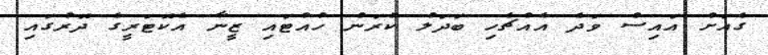
ގެއަށް އައިސް ވަދެ އެއްޗެހި ބަދަލު ކުރަން ހުއްޓައި ޒީނާ އެކޮޓަރީގެ ދޮރުގައި